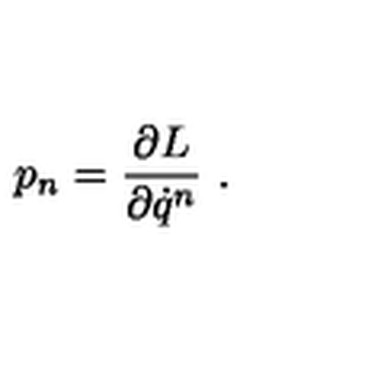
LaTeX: p _ { n } = \frac { \partial L } { \partial \dot { q } ^ { n } } \ .